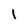
Character: l